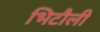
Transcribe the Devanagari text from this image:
भिटौली